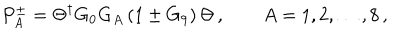
LaTeX: P _ { A } ^ { \pm } = \Theta ^ { \dagger } G _ { 0 } G _ { A } \left( 1 \pm G _ { 9 } \right) \Theta \, , \qquad A = 1 , 2 , \dots , 8 \, ,